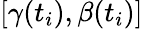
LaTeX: [\gamma(t_{i}),\beta(t_{i})]